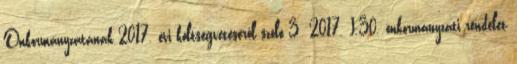
Önkormányzatának 2017. évi költségvetéséről szóló 3 2017. I.30. önkormányzati rendelet